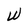
Character: W